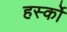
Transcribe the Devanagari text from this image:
हर्स्को